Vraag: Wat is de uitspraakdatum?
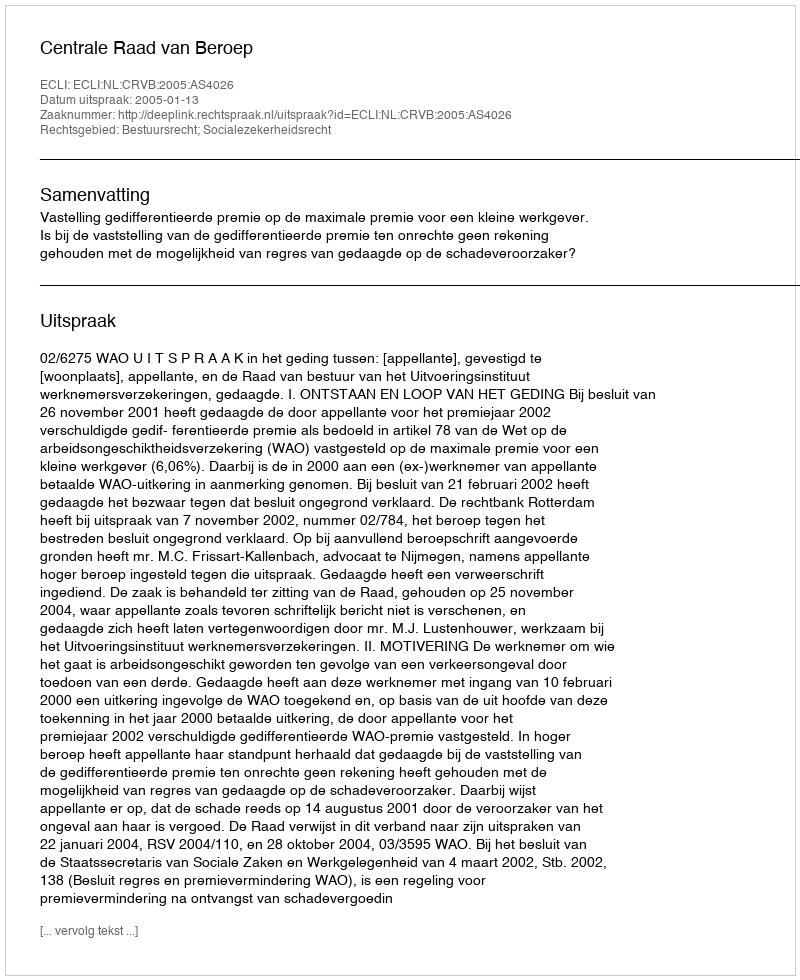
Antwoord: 2005-01-13